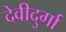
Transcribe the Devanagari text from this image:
देवीदुर्गा